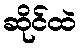
ဆိုင်ထဲ